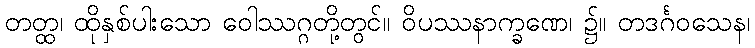
တတ္ထ၊ ထိုနှစ်ပါးသော ဝေါဿဂ္ဂတို့တွင်။ ဝိပဿနာက္ခဏေ၊ ၌။ တဒင်္ဂဝသေန၊